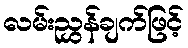
လမ်းညွှန်ချက်ဖြင့်